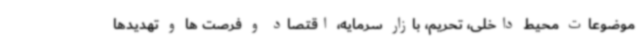
موضوعات محیط داخلی، تحریم، بازار سرمایه، اقتصاد و فرصت ها و تهدیدها